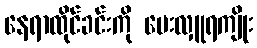
နေရာထိုင်ခင်းကို ပေးလှူရကျိုး